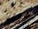
يمكنك